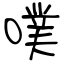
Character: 噗